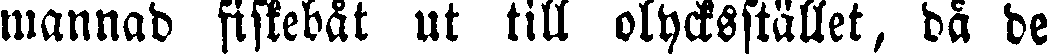
mannad fiskebåt ut till olycksstället, då de